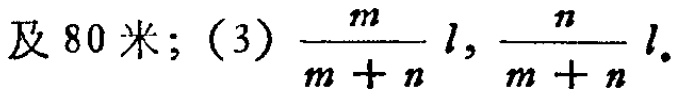
及 80 米；(3)$\frac{m}{m + n}l, \frac{n}{m + n}l$.